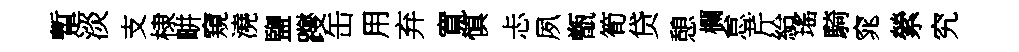
蹔淡支棣畊窺澆鹽躞缶用弃寬慎忐夙甑筍贷憩欄怠芹給瑤騎窕縈究